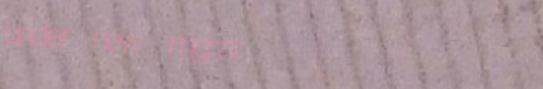
under new mgmt